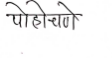
मजकूर: पोहोचणे